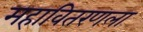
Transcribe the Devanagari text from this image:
महावितरणला